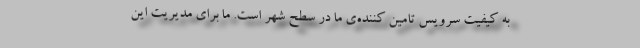
به کیفیت سرویس تامین کننده‌ی ما در سطح شهر است. ما برای مدیریت این